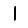
Digit: 1